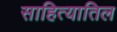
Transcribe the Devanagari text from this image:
साहित्यातिल